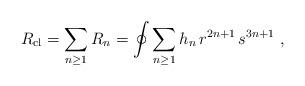
LaTeX: \begin{align*}R_{\rm cl} = \sum_{n\ge 1} R_n =\oint \sum_{n\ge 1}h_n\, r^{2n+1}\, s^{3n+1}\ ,\end{align*}